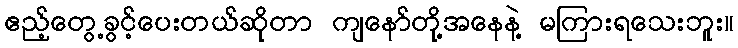
ဧည့်တွေ့ခွင့်ပေးတယ်ဆိုတာ ကျနော်တို့အနေနဲ့ မကြားရသေးဘူး။